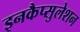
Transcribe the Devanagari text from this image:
इनकैप्सुलेशन